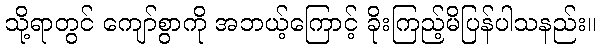
သို့ရာတွင် ကျော်စွာကို အဘယ့်ကြောင့် ခိုးကြည့်မိပြန်ပါသနည်း။